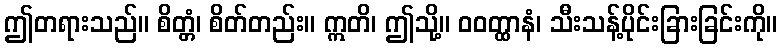
ဤတရားသည်။ စိတ္တံ၊ စိတ်တည်း။ ဣတိ၊ ဤသို့။ ဝဝတ္ထာနံ၊ သီးသန့်ပိုင်းခြားခြင်းကို။